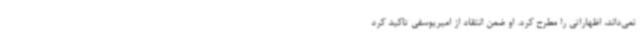
نمی‌داند، اظهاراتی را مطرح کرد. او ضمن انتقاد از امیریوسفی تاکید کرد